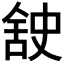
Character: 𮍸